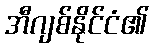
အီဂျစ်နိုင်ငံ၏